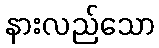
နားလည်သော